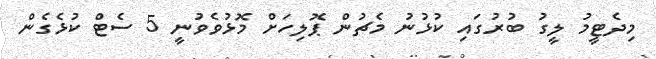
މިދެޓީމު ލީގު ބުރުގައި ކުޅުނު މެޗުން ޕޮލިހަށް މޮޅުވެވުނީ 5 ސެޓް ކުޅެގެން